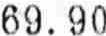
69.90